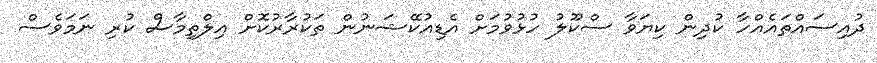
ދުއިސައްތައެއްހާ ކުދިން ކިޔަވާ ސްކޫލު ހުޅުވުމަށް އެޑިއުކޭޝަނުން ތަކުރާރުކޮށް އިލްތިމާސް ކުރި ނަމަވެސް